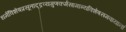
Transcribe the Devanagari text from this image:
धर्मविशेषप्रसूताद्द्रव्यगुणकर्मसामान्यविशेषसमवायानां